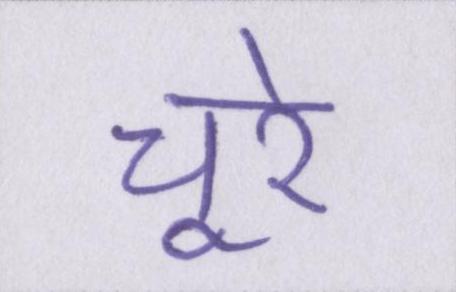
चूरे